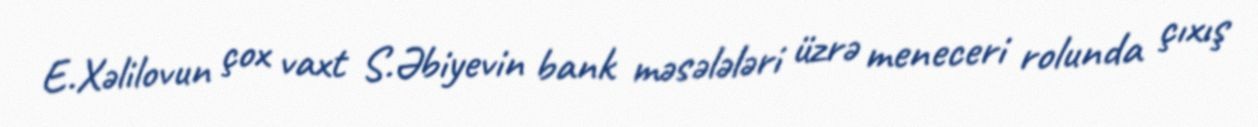
E.Xəlilovun çox vaxt S.Əbiyevin bank məsələləri üzrə meneceri rolunda çıxış